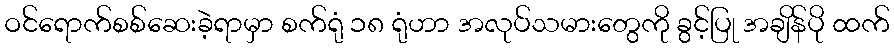
ဝင်ရောက်စစ်ဆေးခဲ့ရာမှာ စက်ရုံ ၁၈ ရုံဟာ အလုပ်သမားတွေကို ခွင့်ပြု အချိန်ပို ထက်